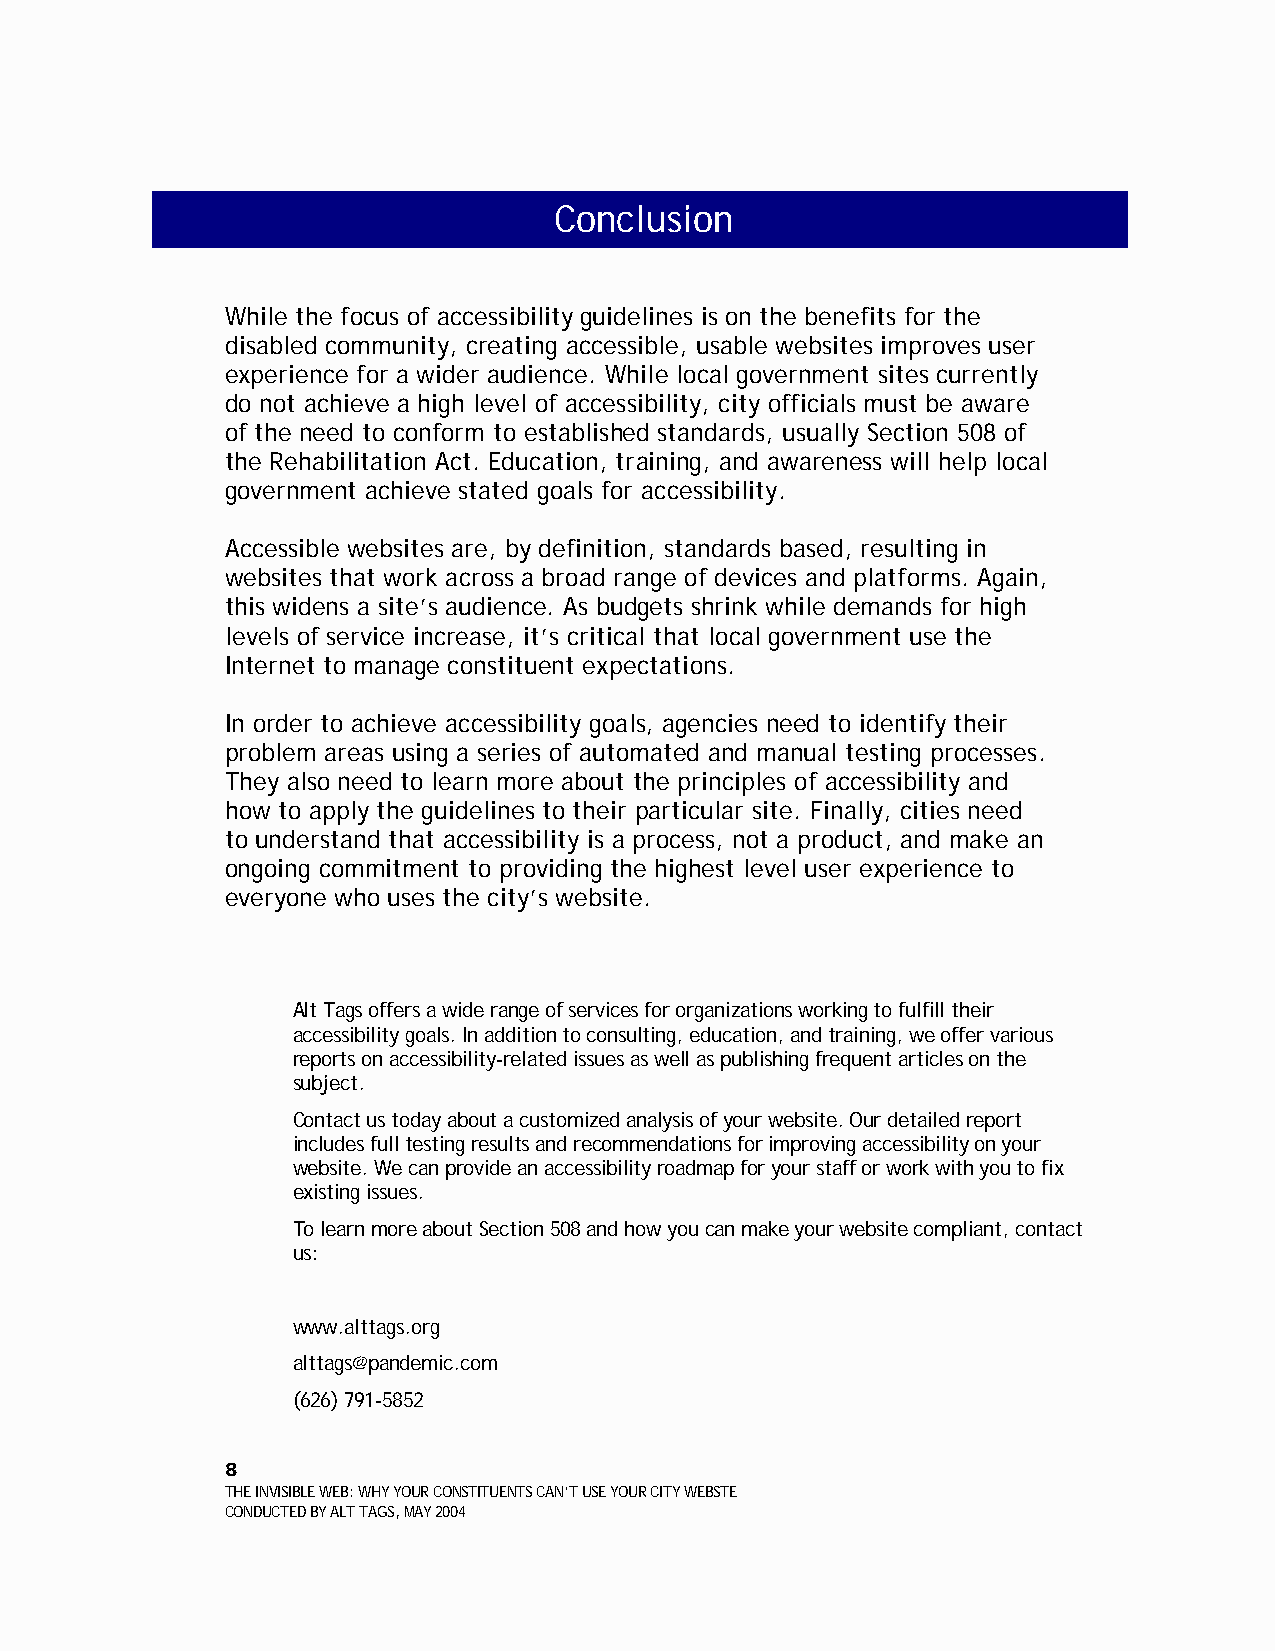
Conclusion
 While the focus of accessibility guidelines is on the benefits for the
 disabled community, creating accessible, usable websites improves user
 experience for a wider audience. While local government sites currently
 do not achieve a high level of accessibility, city officials must be aware
 of the need to conform to established standards, usually Section 508 of
 the Rehabilitation Act. Education, training, and awareness will help local
 government achieve stated goals for accessibility.
 Accessible websites are, by definition, standards based, resulting in
 websites that work across a broad range of devices and platforms. Again,
 this widens a site’s audience. As budgets shrink while demands for high
 levels of service increase, it’s critical that local government use the
 Internet to manage constituent expectations.
 In order to achieve accessibility goals, agencies need to identify their
 problem areas using a series of automated and manual testing processes.
 They also need to learn more about the principles of accessibility and
 how to apply the guidelines to their particular site. Finally, cities need
 to understand that accessibility is a process, not a product, and make an
 ongoing commitment to providing the highest level user experience to
 everyone who uses the city’s website.
 Alt Tags offers a wide range of services for organizations working to fulfill their
 accessibility goals. In addition to consulting, education, and training, we offer various
 reports on accessibility-related issues as well as publishing frequent articles on the
 subject.
 Contact us today about a customized analysis of your website. Our detailed report
 includes full testing results and recommendations for improving accessibility on your
 website. We can provide an accessibility roadmap for your staff or work with you to fix
 existing issues.
 To learn more about Section 508 and how you can make your website compliant, contact
 us:
 www.alttags.org
 alttags@pandemic.com
 (626) 791-5852
 8
 THE INVISIBLE WEB: WHY YOUR CONSTITUENTS CAN’T USE YOUR CITY WEBSTE
 CONDUCTED BY ALT TAGS, MAY 2004